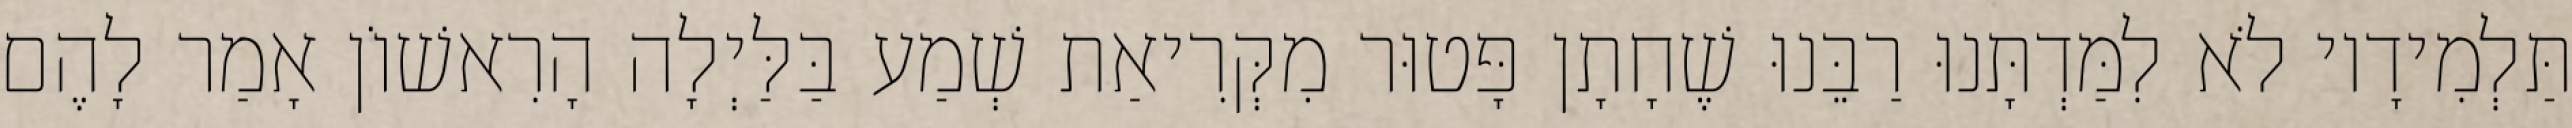
תַּלְמִידָיו לֹא לִמַּדְתָּנוּ רַבֵּנוּ שֶׁחָתָן פָּטוּר מִקְּרִיאַת שְׁמַע בַּלַּיְלָה הָרִאשׁוֹן אָמַר לָהֶם